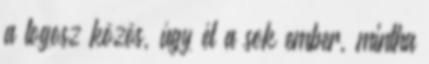
a logosz közös, úgy él a sok ember, mintha